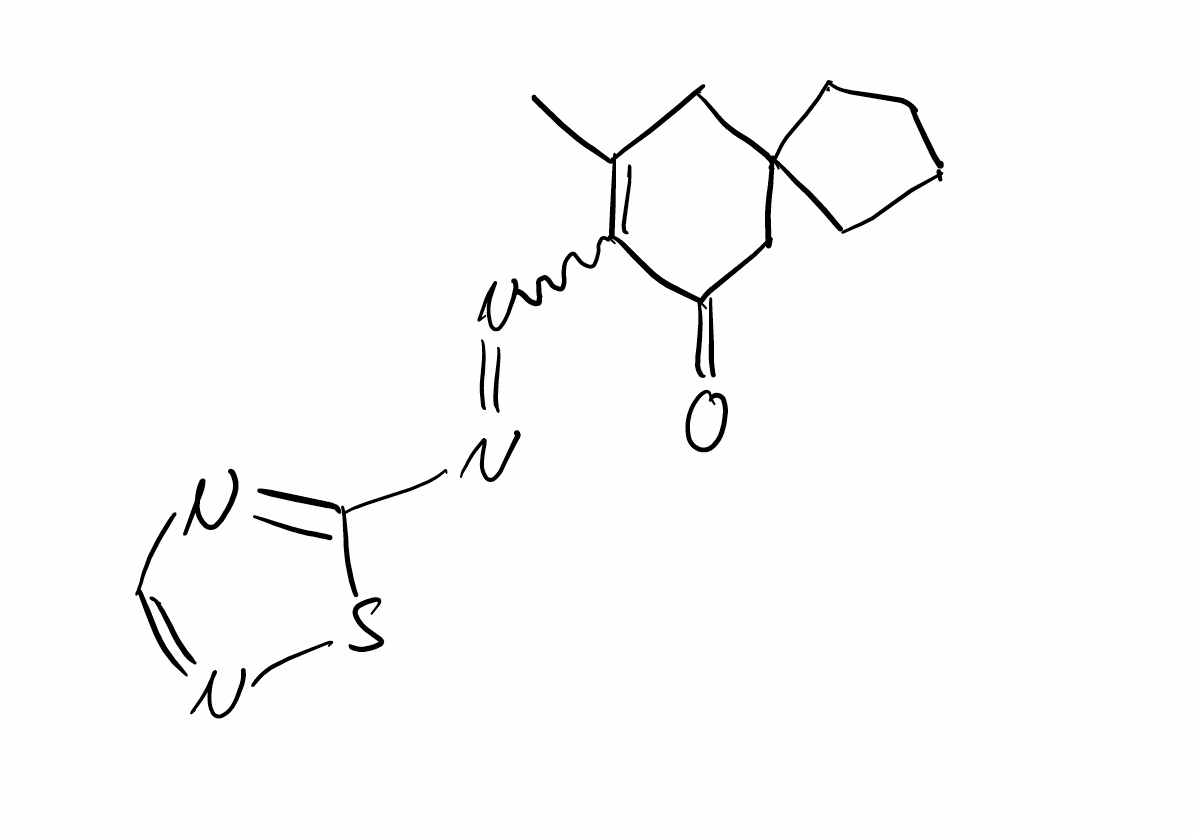
Simplified molecular-input line-entry system (SMILES) notation of the given molecule:
CC1=C(C(=O)CC2(C1)CCCC2)N=NC3=NC=NS3